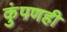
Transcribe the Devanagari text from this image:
कुंपणही